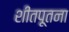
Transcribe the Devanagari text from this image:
शीतपूतना